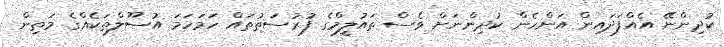
ކުދިންނޭ އެއްފަދައިން އަންހެން ކުދިންނަށް ވެސް ތައުލީމްގެ ފުރުސަތުތައް ހަމަހަމަ އުސޫލްތަކެއްގެ މަތިން